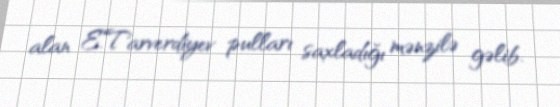
alan E.Tarverdiyev pulları saxladığı mənzilə gəlib.